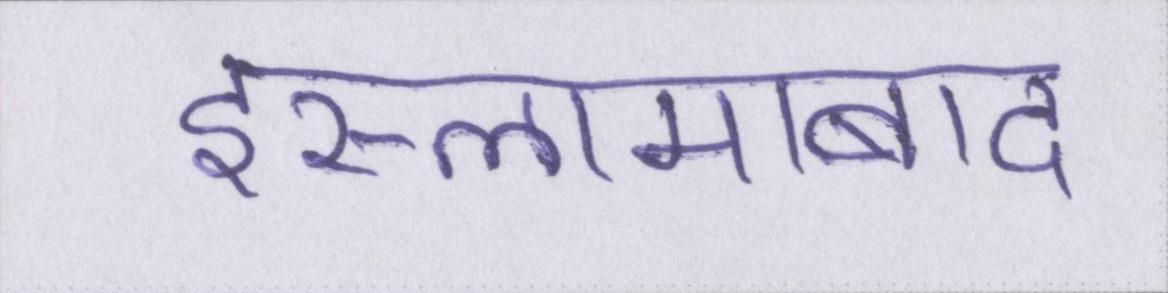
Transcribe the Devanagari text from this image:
इस्लामाबाद